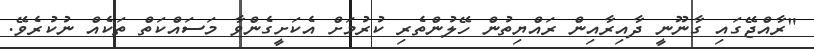
"ރާއްޖޭގައި ގާނޫނީ ދާއިރާއިން ރައްޔިތުން ހޭލުންތެރި ކުރުމަށް އެކަށީގެންވާ މަސައްކަތް ތަކެއް ނުކުރެވޭ.